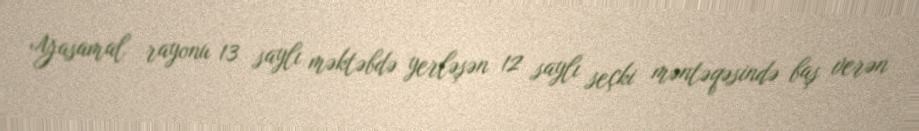
Yasamal rayonu 13 saylı məktəbdə yerləşən 12 saylı seçki məntəqəsində baş verən